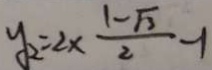
y _ { 2 } = 2 \times \frac { 1 - \sqrt { 3 } } { 2 } - 1